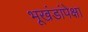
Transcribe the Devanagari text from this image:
भूखंडांपेक्षा